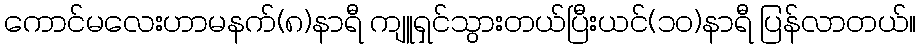
ကောင်မလေးဟာမနက်(၈)နာရီ ကျူရှင်သွားတယ်ပြီးယင်(၁၀)နာရီ ပြန်လာတယ်။